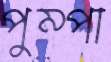
পুম্পা